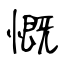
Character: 慨